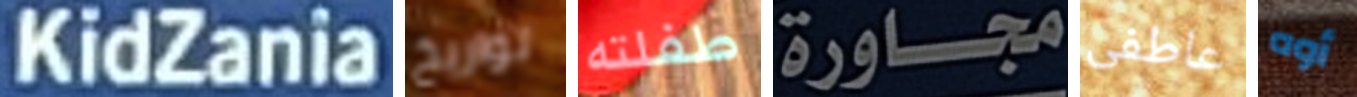
KidZania تواريخ طفلته مجاورة عاطفى أوه